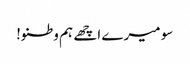
سو میرے اچھے ہم وطنو!